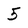
Character: 5